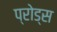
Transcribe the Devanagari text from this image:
प्रोड्स